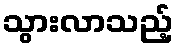
သွားလာသည့်